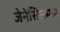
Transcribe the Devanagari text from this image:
जेनेसिसमध्ये